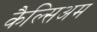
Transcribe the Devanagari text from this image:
कैल्सिअम